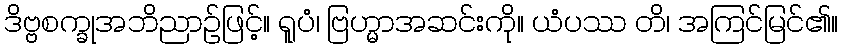
ဒိဗ္ဗစက္ခုအဘိညာဉ်ဖြင့်။ ရူပံ၊ ဗြဟ္မာအဆင်းကို။ ယံပဿ တိ၊ အကြင်မြင်၏။